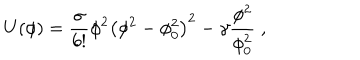
U ( \phi ) = \frac { \sigma } { 6 ! } \phi ^ { 2 } { \left( \phi ^ { 2 } - \phi _ { 0 } ^ { 2 } \right) } ^ { 2 } - \gamma \frac { \phi ^ { 2 } } { \phi _ { 0 } ^ { 2 } } \; ,